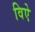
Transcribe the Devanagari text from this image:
विऐ